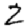
Digit: 2